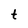
Character: t